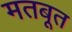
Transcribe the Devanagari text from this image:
मतबूत